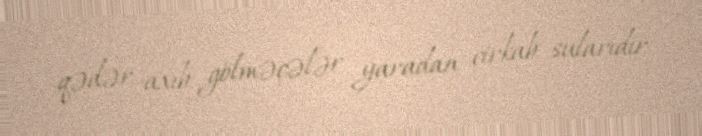
qədər axıb gölməçələr yaradan çirkab sularıdır.